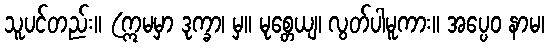
သူပင်တည်း။ (ဣမမှာ ဒုက္ခာ၊ မှ။ မုစ္တေယျ၊ လွတ်ပါမူကား။ အပ္ပေဝ နာမ၊